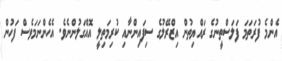
އެންމެ ފުރަތަމަ ފަލަސްތީނުގެ ރައްޔިތުން އިޒްރޭލުގެ ސިފައިންނާއި ކުރިމަތިލީ އޮއްގަލުންނެވެ. އެހެންނަމަވެސް ފަހުން